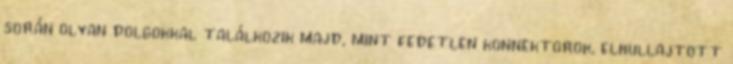
során olyan dolgokkal találkozik majd, mint fedetlen konnektorok, elhullajtott